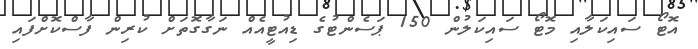
އޮޓޯ ސައިކަލާއި މޮޓޯ ސައިކަލުން 150 ޕަސެންޓުގެ ޑިއުޓީއެއް ނަގާގޮތަށް ކުރިން ފާސްކޮށްފައި